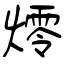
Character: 燯